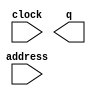
// megafunction wizard: %ROM: 1-PORT%VBB%
// GENERATION: STANDARD
// VERSION: WM1.0
// MODULE: altsyncram 

// ============================================================
// Megafunction Name(s):
// 			altsyncram
//
// Simulation Library Files(s):
// 			altera_mf
// ============================================================
// ************************************************************
// THIS IS A WIZARD-GENERATED FILE. DO NOT EDIT THIS FILE!
//
// 13.0.1 Build 232 06/12/2013 SP 1 SJ Full Version
// ************************************************************

//Copyright (C) 1991-2013 Altera Corporation
//Your use of Altera Corporation's design tools, logic functions 
//and other software and tools, and its AMPP partner logic 
//functions, and any output files from any of the foregoing 
//(including device programming or simulation files), and any 
//associated documentation or information are expressly subject 
//to the terms and conditions of the Altera Program License 
//Subscription Agreement, Altera MegaCore Function License 
//Agreement, or other applicable license agreement, including, 
//without limitation, that your use is for the sole purpose of 
//programming logic devices manufactured by Altera and sold by 
//Altera or its authorized distributors.  Please refer to the 
//applicable agreement for further details.

module IF_LFM (
	address,
	clock,
	q);

	input	[9:0]  address;
	input	  clock;
	output	[11:0]  q;
`ifndef ALTERA_RESERVED_QIS
// synopsys translate_off
`endif
	tri1	  clock;
`ifndef ALTERA_RESERVED_QIS
// synopsys translate_on
`endif

endmodule

// ============================================================
// CNX file retrieval info
// ============================================================
// Retrieval info: PRIVATE: ADDRESSSTALL_A NUMERIC "0"
// Retrieval info: PRIVATE: AclrAddr NUMERIC "0"
// Retrieval info: PRIVATE: AclrByte NUMERIC "0"
// Retrieval info: PRIVATE: AclrOutput NUMERIC "0"
// Retrieval info: PRIVATE: BYTE_ENABLE NUMERIC "0"
// Retrieval info: PRIVATE: BYTE_SIZE NUMERIC "8"
// Retrieval info: PRIVATE: BlankMemory NUMERIC "0"
// Retrieval info: PRIVATE: CLOCK_ENABLE_INPUT_A NUMERIC "0"
// Retrieval info: PRIVATE: CLOCK_ENABLE_OUTPUT_A NUMERIC "0"
// Retrieval info: PRIVATE: Clken NUMERIC "0"
// Retrieval info: PRIVATE: IMPLEMENT_IN_LES NUMERIC "0"
// Retrieval info: PRIVATE: INIT_FILE_LAYOUT STRING "PORT_A"
// Retrieval info: PRIVATE: INIT_TO_SIM_X NUMERIC "0"
// Retrieval info: PRIVATE: INTENDED_DEVICE_FAMILY STRING "Stratix II"
// Retrieval info: PRIVATE: JTAG_ENABLED NUMERIC "0"
// Retrieval info: PRIVATE: JTAG_ID STRING "NONE"
// Retrieval info: PRIVATE: MAXIMUM_DEPTH NUMERIC "0"
// Retrieval info: PRIVATE: MIFfilename STRING "IF_LFM.mif"
// Retrieval info: PRIVATE: NUMWORDS_A NUMERIC "1024"
// Retrieval info: PRIVATE: RAM_BLOCK_TYPE NUMERIC "0"
// Retrieval info: PRIVATE: RegAddr NUMERIC "1"
// Retrieval info: PRIVATE: RegOutput NUMERIC "1"
// Retrieval info: PRIVATE: SYNTH_WRAPPER_GEN_POSTFIX STRING "0"
// Retrieval info: PRIVATE: SingleClock NUMERIC "1"
// Retrieval info: PRIVATE: UseDQRAM NUMERIC "0"
// Retrieval info: PRIVATE: WidthAddr NUMERIC "10"
// Retrieval info: PRIVATE: WidthData NUMERIC "12"
// Retrieval info: PRIVATE: rden NUMERIC "0"
// Retrieval info: LIBRARY: altera_mf altera_mf.altera_mf_components.all
// Retrieval info: CONSTANT: CLOCK_ENABLE_INPUT_A STRING "BYPASS"
// Retrieval info: CONSTANT: CLOCK_ENABLE_OUTPUT_A STRING "BYPASS"
// Retrieval info: CONSTANT: INIT_FILE STRING "IF_LFM.mif"
// Retrieval info: CONSTANT: INTENDED_DEVICE_FAMILY STRING "Stratix II"
// Retrieval info: CONSTANT: LPM_HINT STRING "ENABLE_RUNTIME_MOD=NO"
// Retrieval info: CONSTANT: LPM_TYPE STRING "altsyncram"
// Retrieval info: CONSTANT: NUMWORDS_A NUMERIC "1024"
// Retrieval info: CONSTANT: OPERATION_MODE STRING "ROM"
// Retrieval info: CONSTANT: OUTDATA_ACLR_A STRING "NONE"
// Retrieval info: CONSTANT: OUTDATA_REG_A STRING "CLOCK0"
// Retrieval info: CONSTANT: WIDTHAD_A NUMERIC "10"
// Retrieval info: CONSTANT: WIDTH_A NUMERIC "12"
// Retrieval info: CONSTANT: WIDTH_BYTEENA_A NUMERIC "1"
// Retrieval info: USED_PORT: address 0 0 10 0 INPUT NODEFVAL "address[9..0]"
// Retrieval info: USED_PORT: clock 0 0 0 0 INPUT VCC "clock"
// Retrieval info: USED_PORT: q 0 0 12 0 OUTPUT NODEFVAL "q[11..0]"
// Retrieval info: CONNECT: @address_a 0 0 10 0 address 0 0 10 0
// Retrieval info: CONNECT: @clock0 0 0 0 0 clock 0 0 0 0
// Retrieval info: CONNECT: q 0 0 12 0 @q_a 0 0 12 0
// Retrieval info: GEN_FILE: TYPE_NORMAL IF_LFM.v TRUE
// Retrieval info: GEN_FILE: TYPE_NORMAL IF_LFM.inc FALSE
// Retrieval info: GEN_FILE: TYPE_NORMAL IF_LFM.cmp FALSE
// Retrieval info: GEN_FILE: TYPE_NORMAL IF_LFM.bsf FALSE
// Retrieval info: GEN_FILE: TYPE_NORMAL IF_LFM_inst.v FALSE
// Retrieval info: GEN_FILE: TYPE_NORMAL IF_LFM_bb.v TRUE
// Retrieval info: LIB_FILE: altera_mf